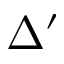
\Delta ^ { \prime }